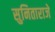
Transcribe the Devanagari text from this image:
सुनिताराजे